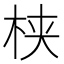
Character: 𬂩